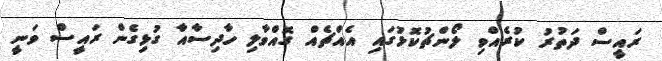
ރައީސް ދަތުރު ކުރެއްވި ލޯންޗުކޮޅުގައި އެއްޗެއް ގޮއްވާލި ހާދިސާއާ ގުޅިގެން ރައީސް ވަނީ